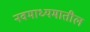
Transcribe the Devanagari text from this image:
नवमाध्यमातील